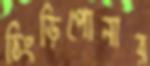
চিংড়িপোনার